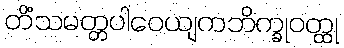
တိံသမတ္တပါဝေယျကဘိက္ခုဝတ္ထု